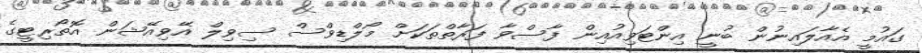
ގައުމީ އެއާލައިނުން ބުނީ އިންޓަވިއުއިން ފާސްވާ ފަރާތްތަކަށް މޯލްޑިވްސް ސިވިލް އޭވިއޭޝަން އޮތޯރިޓީގެ